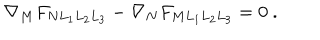
\nabla _ { M } F _ { N L _ { 1 } L _ { 2 } L _ { 3 } } - \nabla _ { N } F _ { M L _ { 1 } L _ { 2 } L _ { 3 } } = 0 ~ .